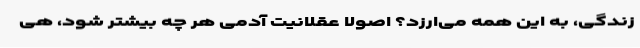
زندگی، به این همه می‌ارزد؟ اصولا عقلانیت آدمی هر چه بیشتر شود، هی